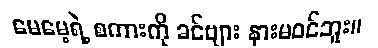
မေမေ့ရဲ့ စကားကို ခင်ဗျား နားမဝင်ဘူး။